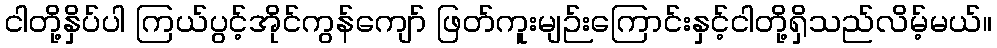
ငါတို့နှိပ်ပါ ကြယ်ပွင့်အိုင်ကွန်ကျော် ဖြတ်ကူးမျဉ်းကြောင်းနှင့်ငါတို့ရှိသည်လိမ့်မယ်။